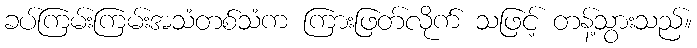
ခပ်ကြမ်းကြမ်းအသံတစ်သံက ကြားဖြတ်လိုက် သဖြင့် တန့်သွားသည်။